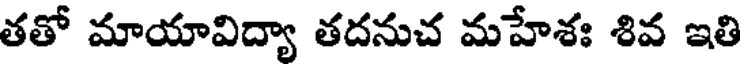
తతో మాయావిద్యా తదనుచ మహేశః శివ ఇతి